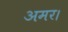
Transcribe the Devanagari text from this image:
अमर।